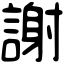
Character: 謝